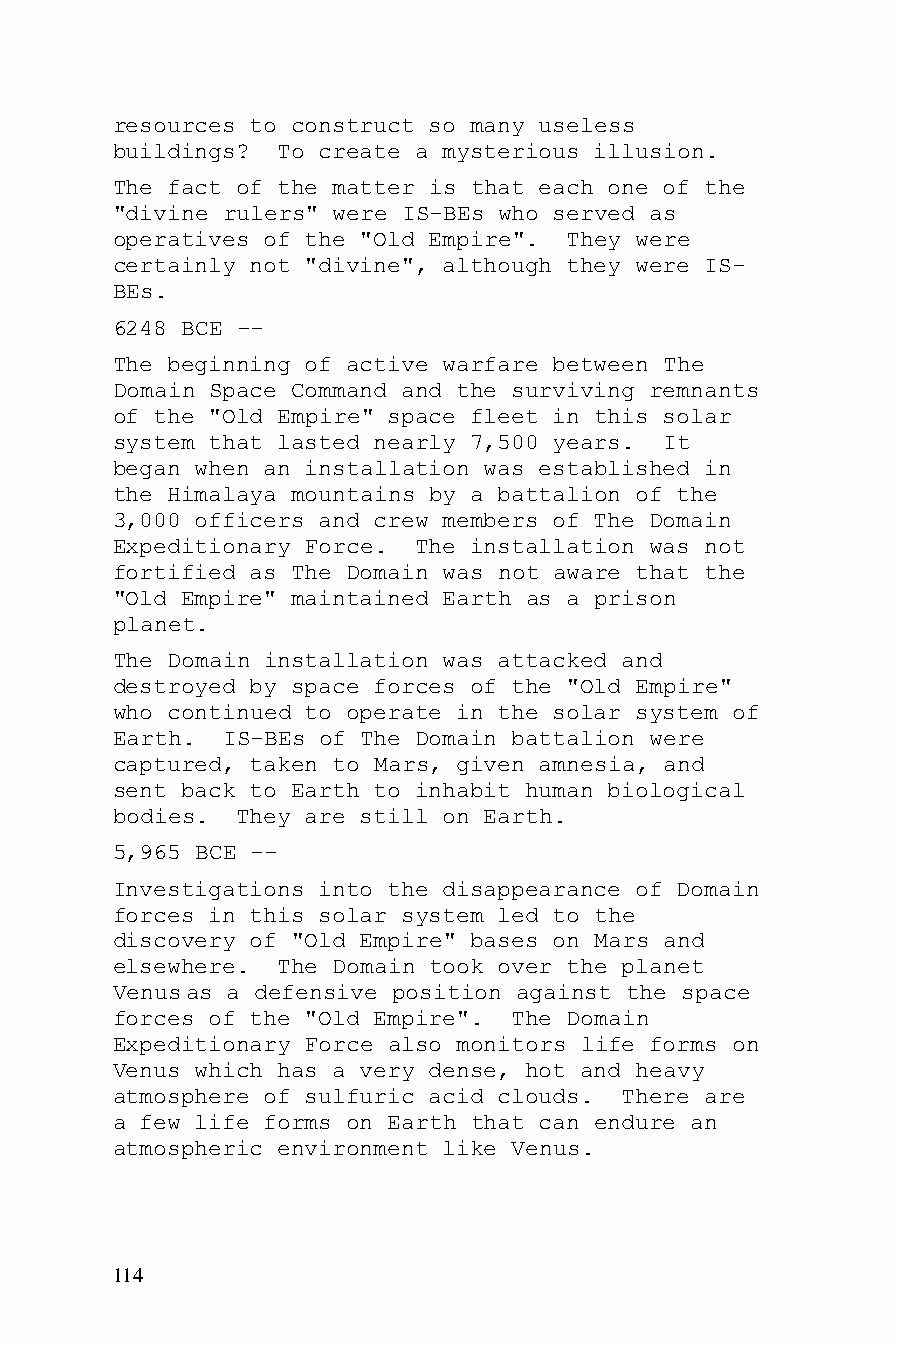
resources to construct so many useless
 buildings? To create a mysterious illusion.
 The fact of the matter is that each one of the
 "divine rulers" were IS-BEs who served as
 operatives of the "Old Empire". They were
 certainly not "divine", although they were IS-
 BEs.
 6248 BCE --
 The beginning of active warfare between The
 Domain Space Command and the surviving remnants
 of the "Old Empire" space fleet in this solar
 system that lasted nearly 7,500 years. It
 began when an installation was established in
 the Himalaya mountains by a battalion of the
 3,000 officers and crew members of The Domain
 Expeditionary Force. The installation was not
 fortified as The Domain was not aware that the
 "Old Empire" maintained Earth as a prison
 planet.
 The Domain installation was attacked and
 destroyed by space forces of the "Old Empire"
 who continued to operate in the solar system of
 Earth.  IS-BEs of The Domain battalion were
 captured, taken to Mars, given amnesia, and
 sent back to Earth to inhabit human biological
 bodies.  They are still on Earth.
 5,965 BCE --
 Investigations into the disappearance of Domain
 forces in this solar system led to the
 discovery of "Old Empire" bases on Mars and
 elsewhere. The Domain took over the planet
 Venus as a defensive position against the space
 forces of the "Old Empire". The Domain
 Expeditionary Force also monitors life forms on
 Venus which has a very dense, hot and heavy
 atmosphere of sulfuric acid clouds. There are
 a few life forms on Earth that can endure an
 atmospheric environment like Venus.
 114